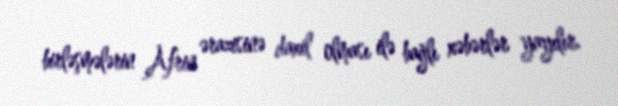
birləşmələrin Afrin ərazisinə daxil olması ilə bağlı xəbərlər yayılır.